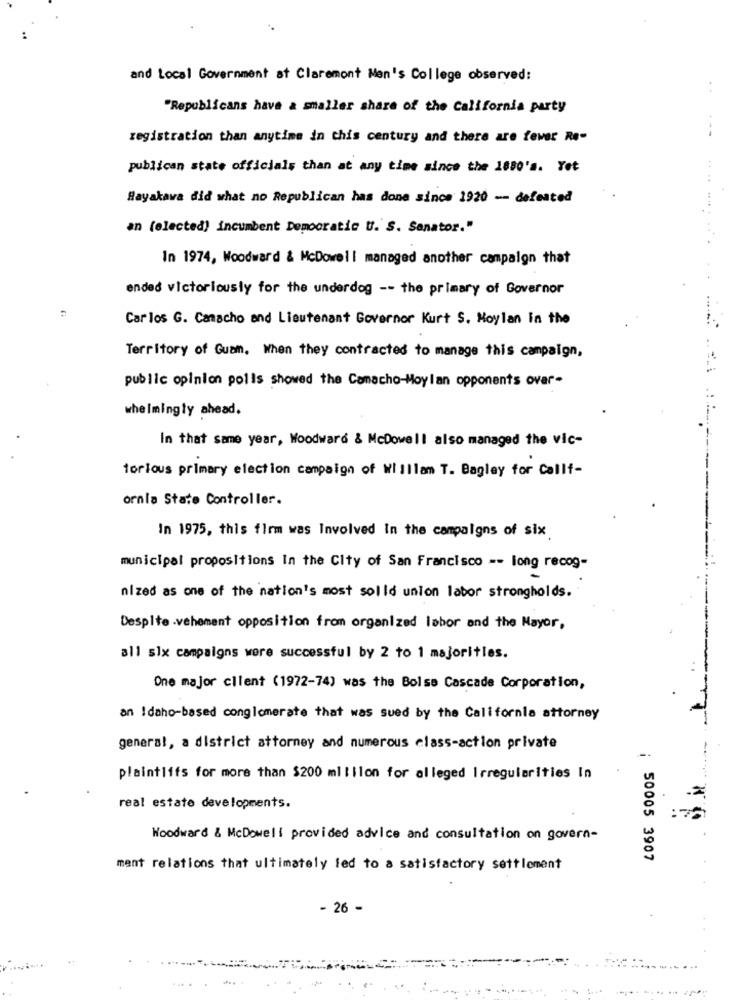
and Local Government at Claremont Nen's College observed:
"Republicans have a smaller share of the California party
registration than anytime in this century and there are fewer Re-
publican state officials than at any time since the 1880's. Yet
Hayakawa did what no Republican has done since 1920 -- defeated
an (elected) incumbent Democratic U. S. Senator."
In 1974, Woodward & McDowell managed another campaign that
ended victoriously for the underdog -- the primary of Governor
Carlos G. Camacho and Lieutenant Governor Kurt S. Hoylan in the
Territory of Guam. When they contracted to manage this campaign,
public opinion polls showed the Camacho-Moylan opponents over-
whe Imingty ahead.
In that same year, Woodward & McDowell also managed the vic-
torlous primary election campaign of WI Illam T. Bagley for Callf-
ornla State Controller.
In 1975, this firm was Involved In the campaigns of six
municipal propositions In the City of San Francisco -- long recog-
mized as one of the nation's most solld union labor strongholds.
Despite .vehement opposition from organized labor and the Mayor,
all six campaigns were successful by 2 to 1 majoritles.
-
One major client (1972-74) was the Bolso Cascade Corporation,
an Idaho-based conglomerate that was sued by the California attorney
general, a district attorney and numerous class-action private
plaintlifs for more than $200 ml Illon for alleged Irregularities In
real estate developments.
Woodward & McDowell provided advice and consultation on govern-
50005 3907
mant relations that ultimately led to a satisfactory settlement
- 26 -